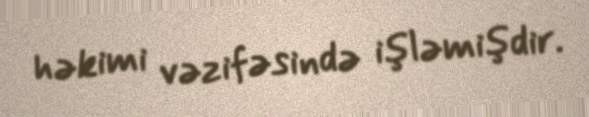
həkimi vəzifəsində işləmişdir.